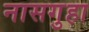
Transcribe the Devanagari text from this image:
नासगुहा